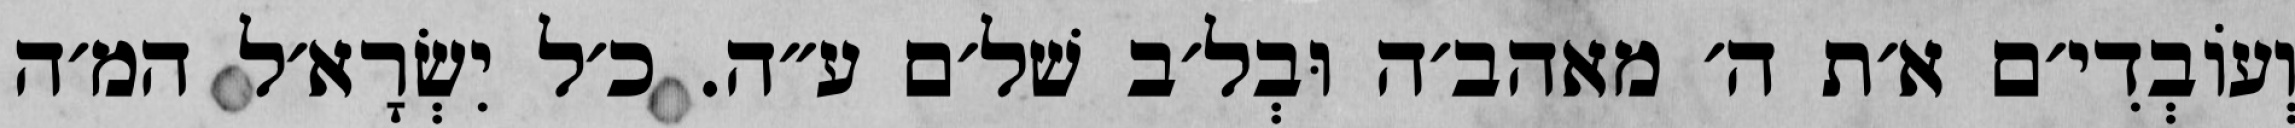
וְעוֹבְדִי׳ם א׳ת ה׳ מאהב׳ה וּבְל׳ב שׁל׳ם ע״ה. כ׳ל יִשְׂרָא׳ל המ׳ה